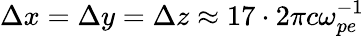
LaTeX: \Delta x=\Delta y=\Delta z\approx 17\cdot 2\pi c\omega_{pe}^{-1}